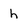
Character: h